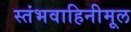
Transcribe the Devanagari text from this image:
स्तंभवाहिनीमूल